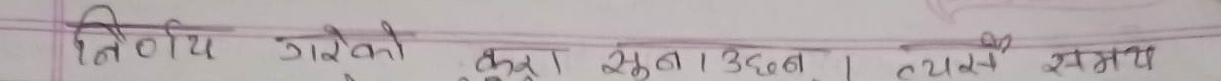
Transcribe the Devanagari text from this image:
तितीय गारेको कुरा सुनाउछन्। ३६०। ८२१ समय